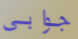
جوابي